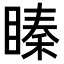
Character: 𥉜